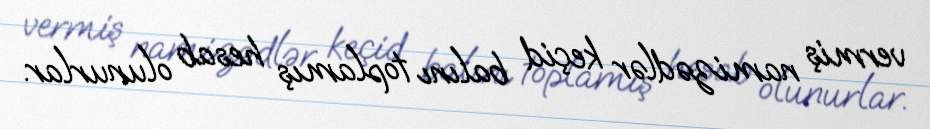
vermiş namizədlər keçid balını toplamış hesab olunurlar.